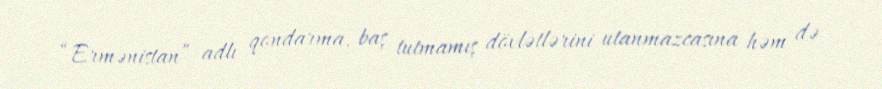
“Ermənistan” adlı qondarma, baş tutmamış dövlətlərini utanmazcasına həm də